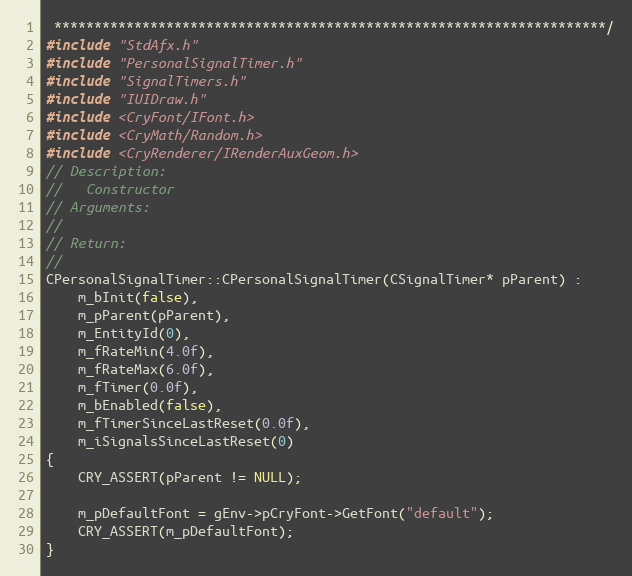
Language: C++
 *********************************************************************/
#include "StdAfx.h"
#include "PersonalSignalTimer.h"
#include "SignalTimers.h"
#include "IUIDraw.h"
#include <CryFont/IFont.h>
#include <CryMath/Random.h>
#include <CryRenderer/IRenderAuxGeom.h>
// Description:
//   Constructor
// Arguments:
//
// Return:
//
CPersonalSignalTimer::CPersonalSignalTimer(CSignalTimer* pParent) :
	m_bInit(false),
	m_pParent(pParent),
	m_EntityId(0),
	m_fRateMin(4.0f),
	m_fRateMax(6.0f),
	m_fTimer(0.0f),
	m_bEnabled(false),
	m_fTimerSinceLastReset(0.0f),
	m_iSignalsSinceLastReset(0)
{
	CRY_ASSERT(pParent != NULL);

	m_pDefaultFont = gEnv->pCryFont->GetFont("default");
	CRY_ASSERT(m_pDefaultFont);
}